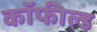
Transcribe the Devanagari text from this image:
कॉफील्ड